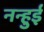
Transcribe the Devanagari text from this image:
नन्हुई